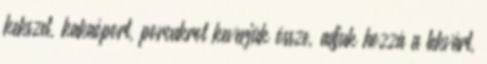
kekszet, kakaóport, porcukrot keverjük össze, adjuk hozzá a lekvárt,